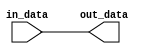
module Register (
    input  wire  in_data,
    output reg   out_data
);

always @(*)
begin
    out_data = in_data;
end

endmodule